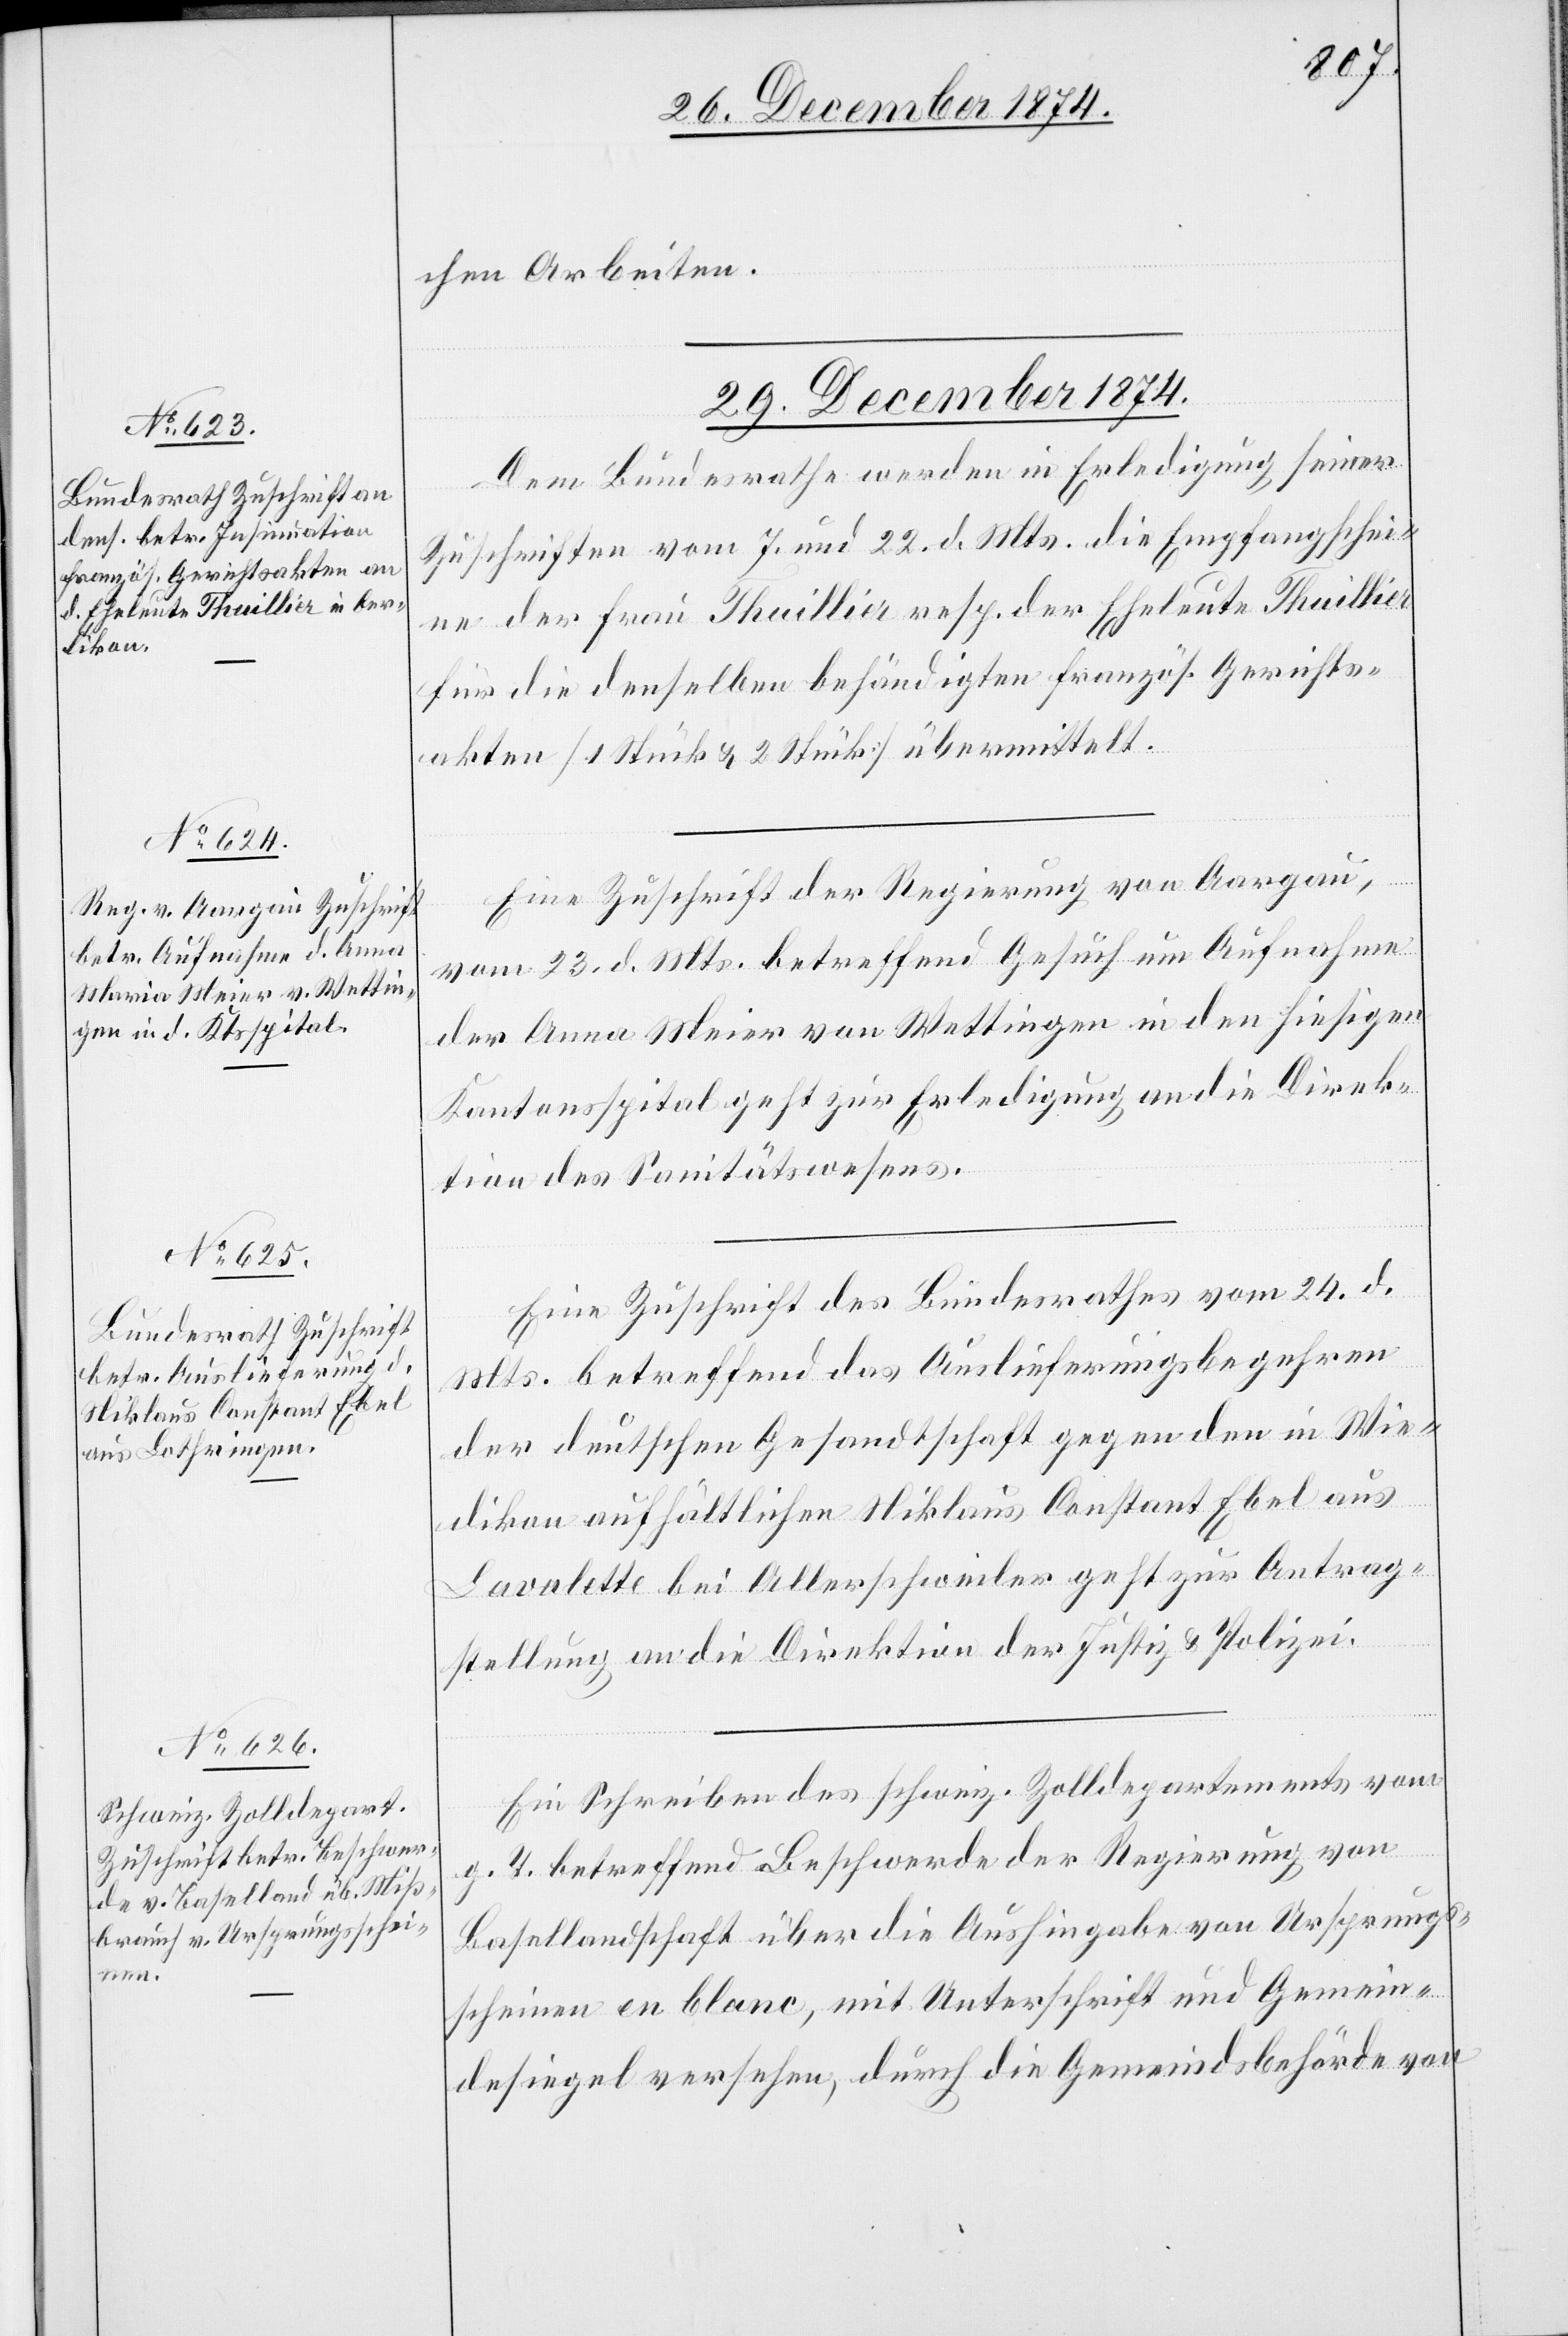
chen Arbeiten.
29. December 1874.]
Dem Bundesrathe werden in Erledigung seiner
Zuschriften vom 7. und 22. d. Mts. die Empfangschei¬
ne der Frau Thuillier resp. der Eheleute Thuillier
für die denselben behändigten französ. Gerichts¬
akten [1 Stück & 2 Stück] übermittelt.
Eine Zuschrift der Regierung von Aargau,
vom 23. d. Mts. betreffend Gesuch um Aufnahme
der Anna Meier von Wettingen in den hiesigen
Kantonsspital geht zur Erledigung an die Direk¬
tion des Sanitätswesens.
Eine Zuschrift des Bundesrathes vom 24. d.
Mts. betreffend das Auslieferungsbegehren
der deutschen Gesandtschaft gegen den in Wie¬
dikon aufhältlichen Niklaus Constant Ebel aus
Lavalette bei Allerschwinler [sic!] geht zur Antrag¬
stellung an die Direktion der Justiz & Polizei.
Ein Schreiben des schweiz. Zolldepartements vom
g. T. betreffend Beschwerde der Regierung von
Basellandschaft über die Aushingabe von Ursprungs¬
scheinen en blanc, mit Unterschrift und Gemein¬
desiegel versehen, durch die Gemeindsbehörde von